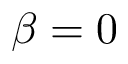
\beta = 0